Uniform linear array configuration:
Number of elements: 32
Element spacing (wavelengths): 0.25
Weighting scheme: exponential
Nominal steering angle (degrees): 15
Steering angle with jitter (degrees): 15.207
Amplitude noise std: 0.05
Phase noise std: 0.05

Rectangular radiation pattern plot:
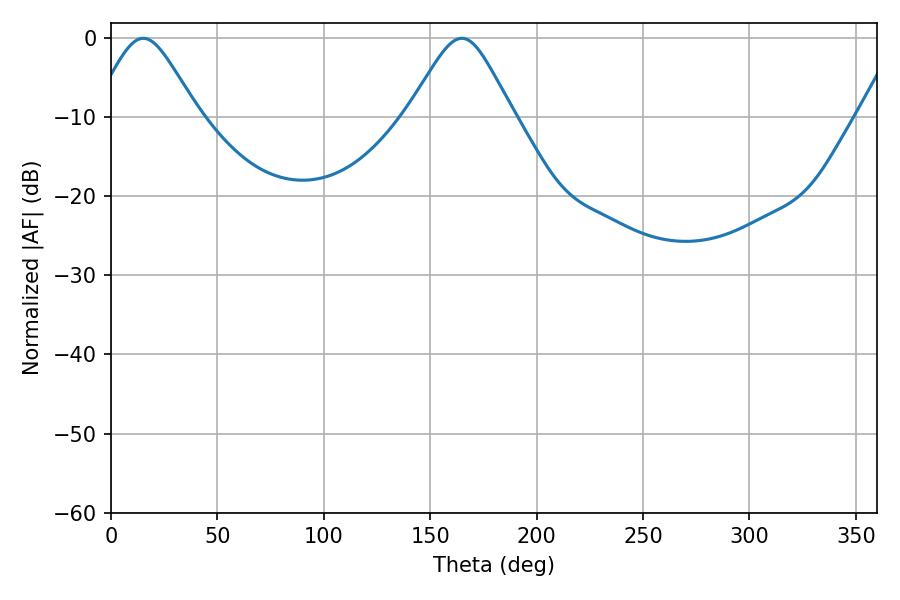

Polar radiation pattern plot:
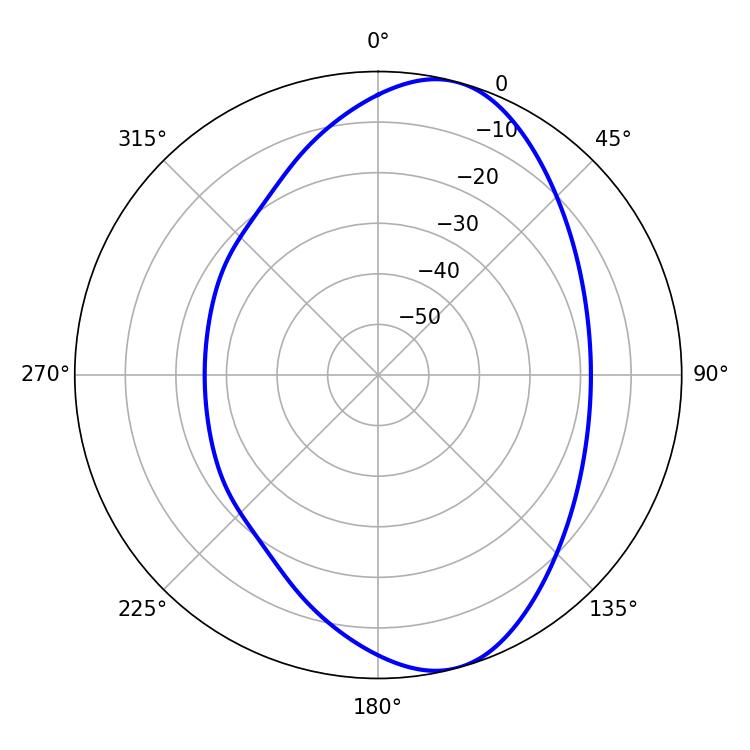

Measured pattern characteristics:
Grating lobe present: FALSE
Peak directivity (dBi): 8.493
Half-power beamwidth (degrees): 23.94
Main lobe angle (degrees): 15.12